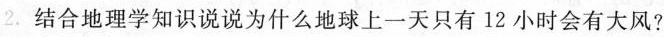
2.结合地理学知识说说为什么地球上一天只有12小时会有大风?